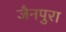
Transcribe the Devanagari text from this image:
जैनपुरा